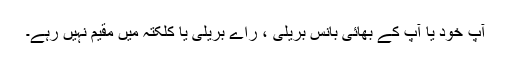
آپ خود یا آپ کے بھائی بانس بریلی ، راے بریلی یا کلکتہ میں مقیم نہیں رہے۔